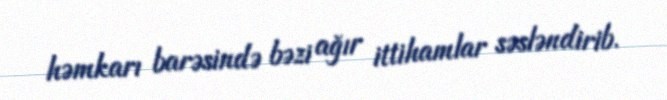
həmkarı barəsində bəzi ağır ittihamlar səsləndirib.